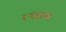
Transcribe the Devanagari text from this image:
ल्वान